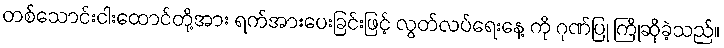
တစ်သောင်းငါးထောင်တို့အား ရက်အားပေးခြင်းဖြင့် လွတ်လပ်ရေးနေ့ ကို ဂုဏ်ပြု ကြိုဆိုခဲ့သည်။